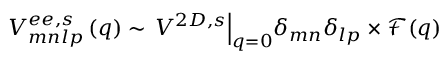
V _ { m n l p } ^ { e e , s } \left( q \right) \sim { \left. V ^ { 2 D , s } \right| } _ { q = 0 } { \delta } _ { m n } { \delta } _ { l p } \times \mathcal { F } ( q )